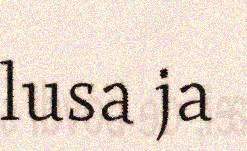
lusa ja